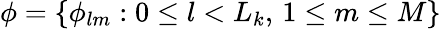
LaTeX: \phi=\{ \phi_{lm}:0\leq l<L_{k},\, 1\leq m\leq M\}